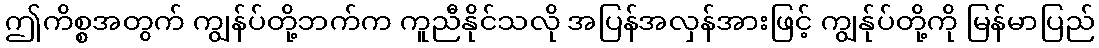
ဤကိစ္စအတွက် ကျွန်ပ်တို့ဘက်က ကူညီနိုင်သလို အပြန်အလှန်အားဖြင့် ကျွန်ုပ်တို့ကို မြန်မာပြည်